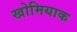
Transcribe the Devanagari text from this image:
खोमियाक